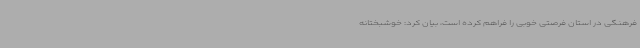
فرهنگی در استان فرصتی خوبی را فراهم کرده است، بیان کرد: خوشبختانه